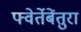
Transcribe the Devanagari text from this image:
फ्वेर्तेबेंतुरा